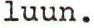
luun.